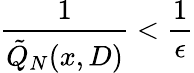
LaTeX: {\frac{1}{\tilde{Q}_{N}(x,D)}}<{\frac{1}{\epsilon}}